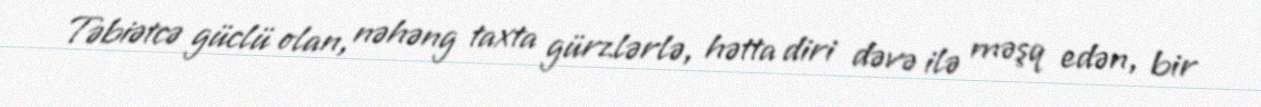
Təbiətcə güclü olan, nəhəng taxta gürzlərlə, hətta diri dəvə ilə məşq edən, bir